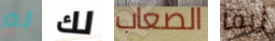
لم لك الصعاب ربما